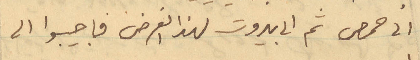
الى حمص ثم الى بيروت لهذا الغرض فاجيبوا الى